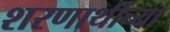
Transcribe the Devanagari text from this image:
शरणार्थीच्या